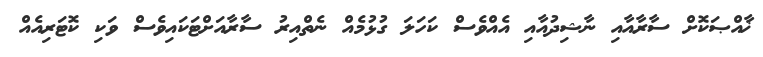
ޚާއްޞަކޮށް ސާރާއާއި ނާޝިދުއާއި އެއްވެސް ކަހަލަ ގުޅުމެއް ނެތްއިރު ސާރާއަށްޓަކައިވެސް ވަކި ކޮޓަރިއެއް